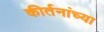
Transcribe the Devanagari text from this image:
कीर्तनांच्या